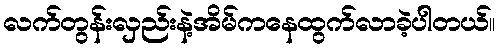
လက်တွန်းလှည်းနဲ့အိမ်ကနေထွက်လာခဲ့ပါတယ်။